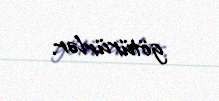
götürürlər.